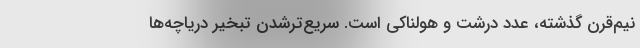
نیم‌قرن گذشته، عدد درشت و هولناکی است. سریع‌ترشدن تبخیر دریاچه‌ها